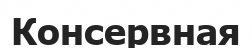
Консервная